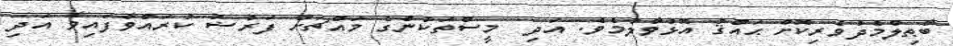
ބާޠިލްމެދުވެރިކޮށް ޙައްޤު އޮޅުވާލުމެވެ. އަދި  މީސްތަކުންގެ މައްޗަށް ފަރުޟު ކުރައްވާފައިވާ އަދި